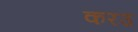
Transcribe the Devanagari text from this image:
करउ